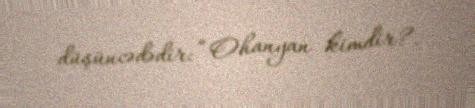
düşüncədədir: “Ohanyan kimdir?.